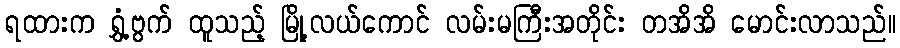
ရထားက ရွှံ့ဗွက် ထူသည့် မြို့လယ်ကောင် လမ်းမကြီးအတိုင်း တအိအိ မောင်းလာသည်။